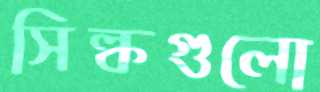
সিল্কগুলো